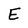
Character: E